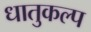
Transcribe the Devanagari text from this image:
धातुकल्प